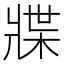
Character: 牃